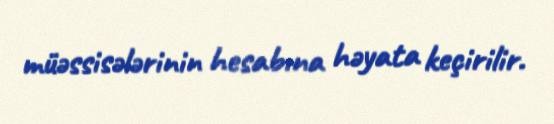
müəssisələrinin hesabına həyata keçirilir.